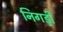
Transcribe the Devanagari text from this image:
निगड़ी